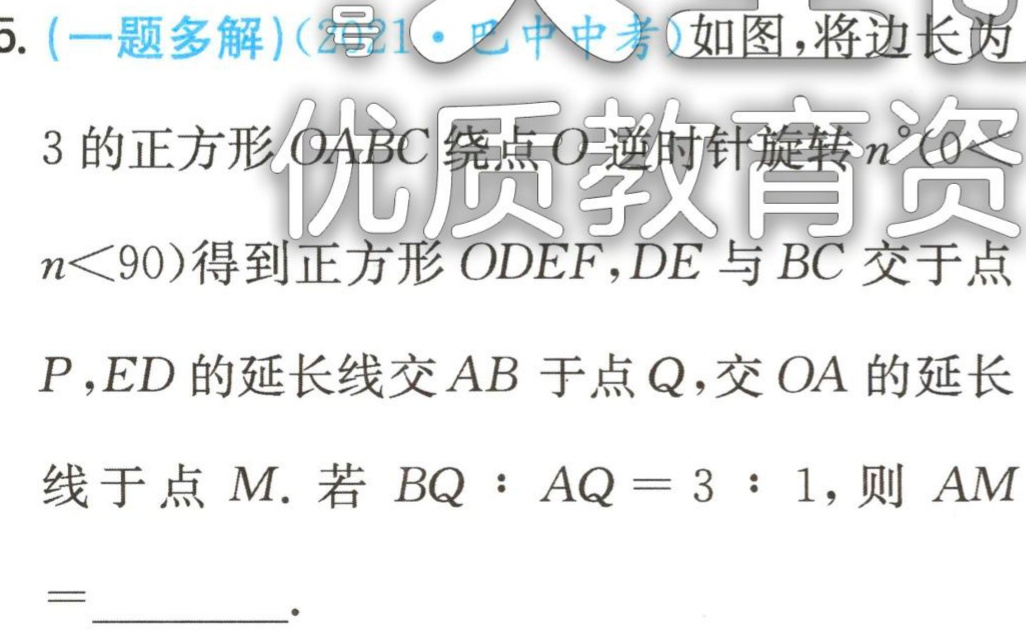
5. (一题多解)(<部分内容未显示>·巴中中考)如图，将边长为

3 的正方形\(OABC\)绕点\(O\)逆时针旋转\(n^{\circ}(0<

n<90)\)得到正方形\(ODEF\)，\(DE\)与\(BC\)交于点

\(P\)，\(ED\)的延长线交\(AB\)于点\(Q\)，交\(OA\)的延长

线于点\(M\). 若 \(BQ:AQ = 3:1\)，则 \(AM\)

\(=\)________.